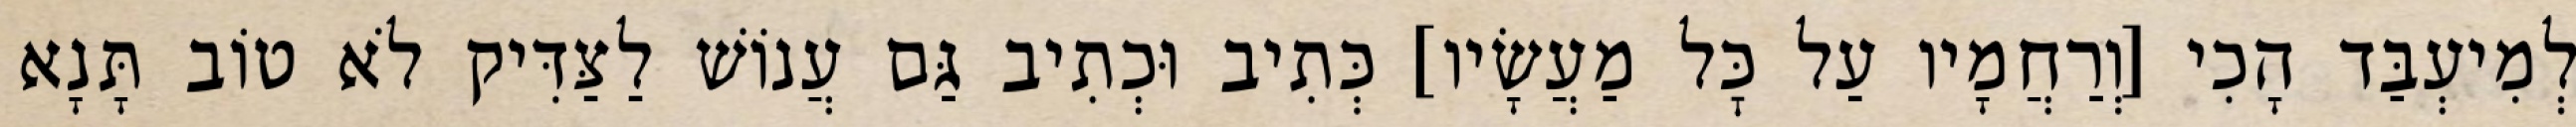
לְמִיעְבַּד הָכִי [וְרַחֲמָיו עַל כׇּל מַעֲשָׂיו] כְּתִיב וּכְתִיב גַּם עֲנוֹשׁ לַצַּדִּיק לֹא טוֹב תָּנָא